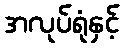
အလုပ်ရုံနှင့်